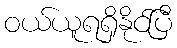
ဝယ်ယူရရှိနိုင်ပြီ